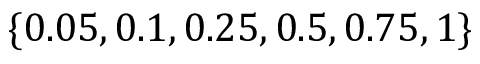
\{ 0 . 0 5 , 0 . 1 , 0 . 2 5 , 0 . 5 , 0 . 7 5 , 1 \}